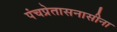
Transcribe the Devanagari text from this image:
पंचप्रेतासनासीना